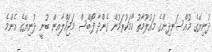
ދުނިޔޭގެ މުއްސަނދިންގެ މައުލޫމާތު ހާމަކުރަމުން ގެންދާ ފޯބްސް މަޖައްލާއިން ބުނީ ދުނިޔޭގެ އެންމެ